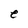
Character: e